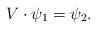
LaTeX: \begin{align*}V\cdot\psi_1=\psi_2.\end{align*}